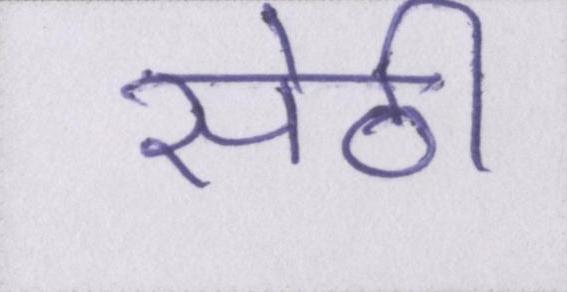
सेठी